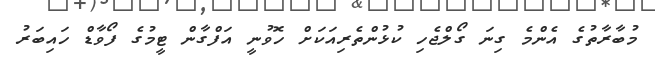
މުބާރާތުގެ އެންމެ ގިނަ ގޯލްޖެހި ކުޅުންތެރިއަކަށް ހޮވުނީ އަފްގާން ޓީމުގެ ފޯވާޑް ހައިބަރު